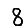
Digit: 8